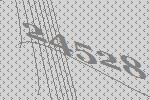
24528